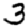
Digit: 3